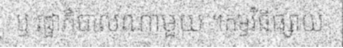
ឬ រដ្ឋាភិបាលណាមួយ ។កម្មវិធីផ្សាយ